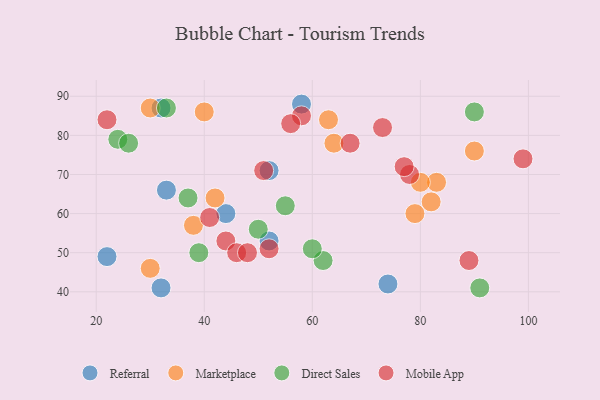
{"axis": {"x": "GDP", "y": "Life Expectancy"}, "legend": ["Direct Sales", "Marketplace", "Mobile App", "Referral"], "data": [{"x": "52", "y": 53, "type": "Referral"}, {"x": "44", "y": 60, "type": "Referral"}, {"x": "32", "y": 87, "type": "Referral"}, {"x": "22", "y": 49, "type": "Referral"}, {"x": "52", "y": 71, "type": "Referral"}, {"x": "32", "y": 41, "type": "Referral"}, {"x": "33", "y": 66, "type": "Referral"}, {"x": "58", "y": 88, "type": "Referral"}, {"x": "74", "y": 42, "type": "Referral"}, {"x": "79", "y": 60, "type": "Marketplace"}, {"x": "40", "y": 86, "type": "Marketplace"}, {"x": "38", "y": 57, "type": "Marketplace"}, {"x": "30", "y": 46, "type": "Marketplace"}, {"x": "42", "y": 64, "type": "Marketplace"}, {"x": "90", "y": 76, "type": "Marketplace"}, {"x": "83", "y": 68, "type": "Marketplace"}, {"x": "82", "y": 63, "type": "Marketplace"}, {"x": "30", "y": 87, "type": "Marketplace"}, {"x": "63", "y": 84, "type": "Marketplace"}, {"x": "80", "y": 68, "type": "Marketplace"}, {"x": "64", "y": 78, "type": "Marketplace"}, {"x": "62", "y": 48, "type": "Direct Sales"}, {"x": "24", "y": 79, "type": "Direct Sales"}, {"x": "90", "y": 86, "type": "Direct Sales"}, {"x": "50", "y": 56, "type": "Direct Sales"}, {"x": "60", "y": 51, "type": "Direct Sales"}, {"x": "55", "y": 62, "type": "Direct Sales"}, {"x": "33", "y": 87, "type": "Direct Sales"}, {"x": "37", "y": 64, "type": "Direct Sales"}, {"x": "26", "y": 78, "type": "Direct Sales"}, {"x": "91", "y": 41, "type": "Direct Sales"}, {"x": "39", "y": 50, "type": "Direct Sales"}, {"x": "52", "y": 51, "type": "Mobile App"}, {"x": "78", "y": 70, "type": "Mobile App"}, {"x": "89", "y": 48, "type": "Mobile App"}, {"x": "58", "y": 85, "type": "Mobile App"}, {"x": "41", "y": 59, "type": "Mobile App"}, {"x": "77", "y": 72, "type": "Mobile App"}, {"x": "44", "y": 53, "type": "Mobile App"}, {"x": "56", "y": 83, "type": "Mobile App"}, {"x": "99", "y": 74, "type": "Mobile App"}, {"x": "51", "y": 71, "type": "Mobile App"}, {"x": "67", "y": 78, "type": "Mobile App"}, {"x": "46", "y": 50, "type": "Mobile App"}, {"x": "73", "y": 82, "type": "Mobile App"}, {"x": "48", "y": 50, "type": "Mobile App"}, {"x": "22", "y": 84, "type": "Mobile App"}]}